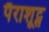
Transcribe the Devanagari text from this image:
पैराशूट्स